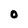
Character: O